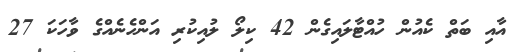
އާއި ބަތް ކެއުން ހުއްޓާލައިގެން 42 ކިލޯ ލުއިކުރި އަންހެނެއްގެ ވާހަކަ 27